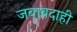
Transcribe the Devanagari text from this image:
जबाबदाही